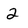
Character: 2